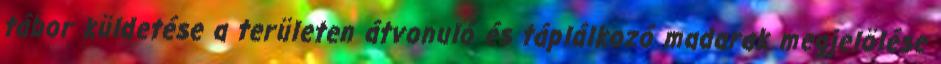
tábor küldetése a területen átvonuló és táplálkozó madarak megjelölése